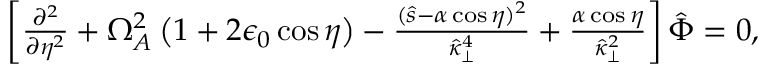
\begin{array} { r } { \left[ \frac { \partial ^ { 2 } } { \partial \eta ^ { 2 } } + \Omega _ { A } ^ { 2 } \left( 1 + 2 \epsilon _ { 0 } \cos \eta \right) - \frac { ( \hat { s } - \alpha \cos \eta ) ^ { 2 } } { \hat { \kappa } _ { \perp } ^ { 4 } } + \frac { \alpha \cos \eta } { \hat { \kappa } _ { \perp } ^ { 2 } } \right] \hat { \Phi } = 0 , } \end{array}